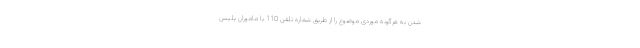
شدن به هرگونه موردی موضوع را از طریق شماره تلفن 110 با ماموران پلیس